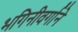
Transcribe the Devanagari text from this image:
भगिनीवर्गाने